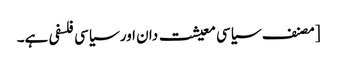
[مصنف سیاسی معیشت دان اور سیاسی فلسفی ہے۔